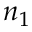
n _ { 1 }